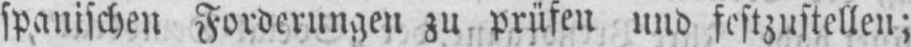
spanischen Forderungen zu prüfen und festzustellen;